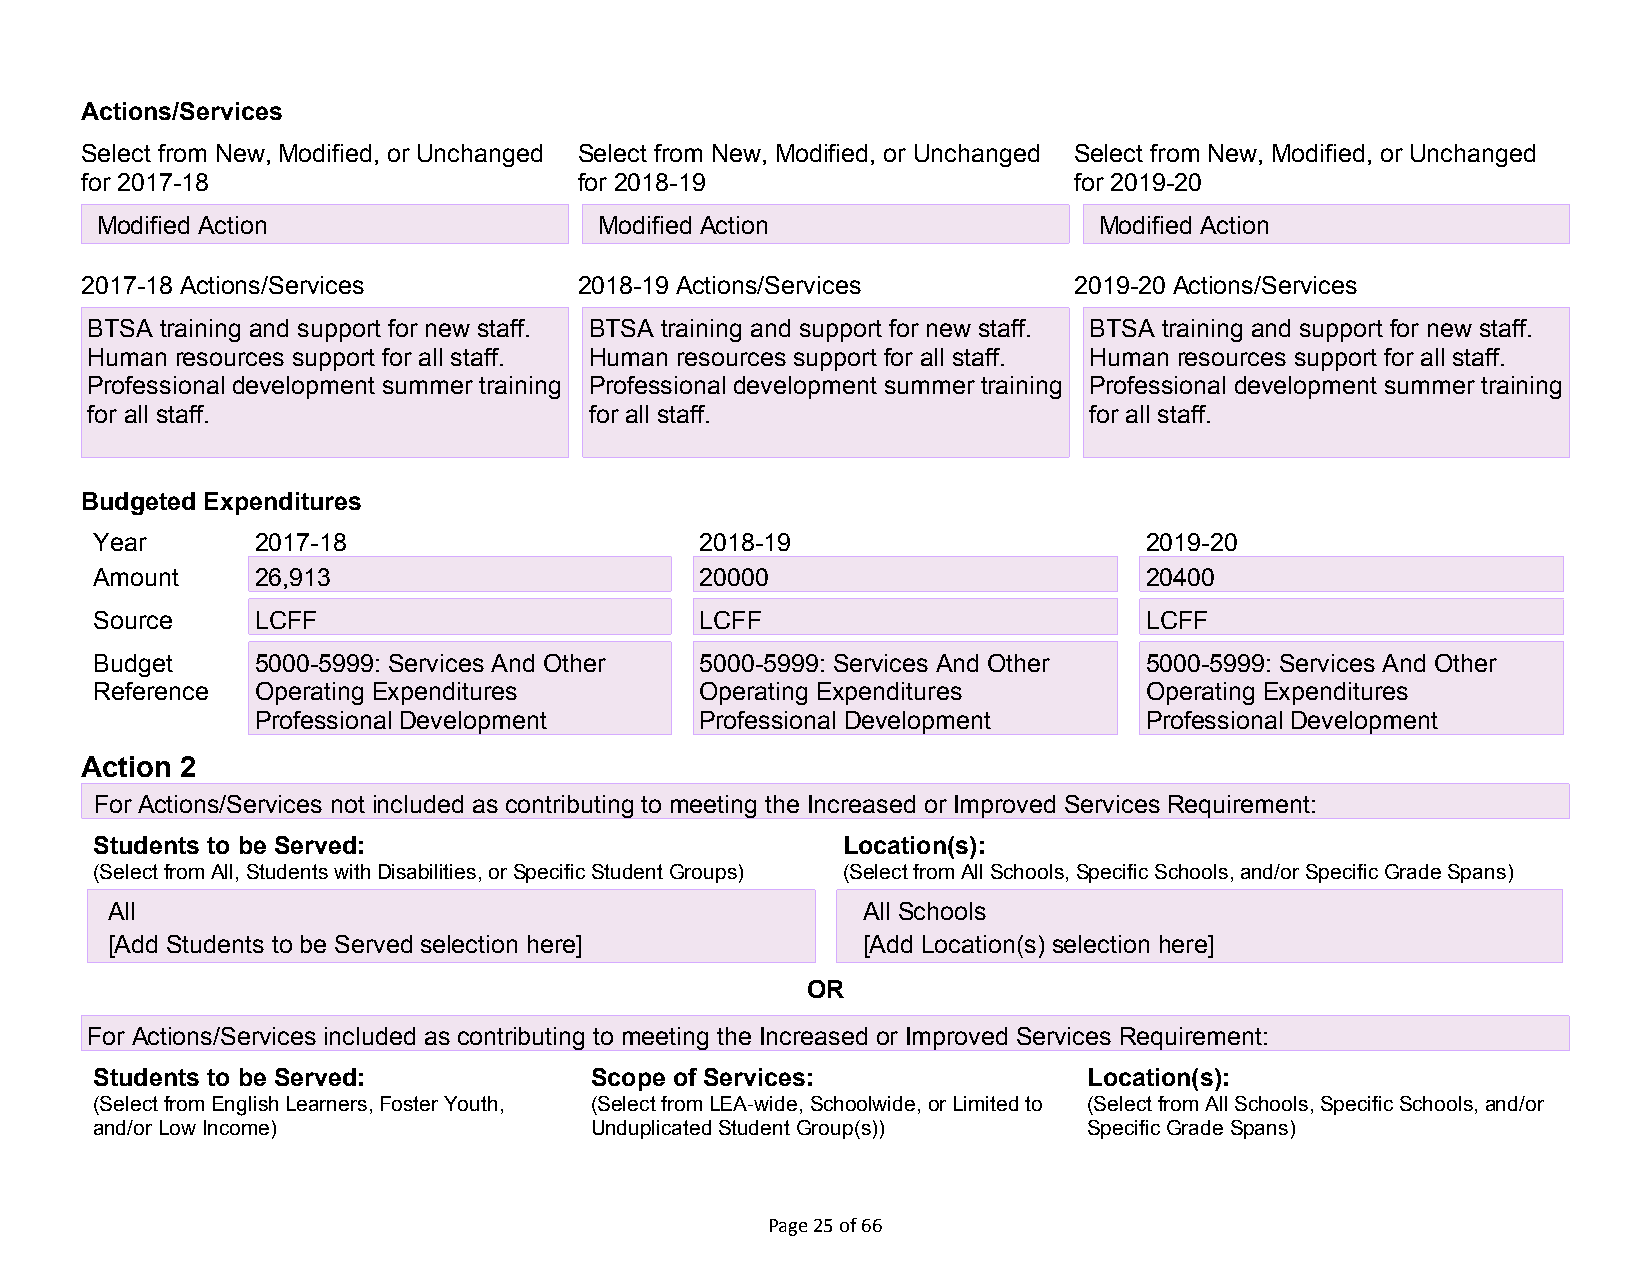
Actions/Services
 Select from New, Modified, or Unchanged Select from New, Modified, or Unchanged Select from New, Modified, or Unchanged
 for 2017-18                      for 2018-19                      for 2019-20
 XM odified Action                XM odified Action                XM odified Action
 2017-18 Actions/Services         2018-19 Actions/Services         2019-20 Actions/Services
 BTSA training and support for new staff. BTSA training and support for new staff. BTSA training and support for new staff.
 Human resources support for all staff. Human resources support for all staff. Human resources support for all staff.
 Professional development summer training Professional development summer training Professional development summer training
 for all staff.                   for all staff.                   for all staff.
 Budgeted Expenditures
 Year       2017-18                      2018-19                       2019-20
 Amount     26,913                       20000                         20400
 26,913                       20000                         20400
 Source     LCFF                         LCFF                          LCFF
 26,913                       20000                         20400
 Budget     5000-5999: Services And Other 5000-5999: Services And Other 5000-5999: Services And Other
 Reference  O perating Expenditures      Operating Expenditures        Operating Expenditures
 Professional Development     Professional Development      Professional Development
 Action 2
 For Actions/Services not included as contributing to meeting the Increased or Improved Services Requirement:
 Students to be Served:                            Location(s):
 (Select from All, Students with Disabilities, or Specific Student Groups) (Select from All Schools, Specific Schools, and/or Specific Grade Spans)
 X All                                             X All Schools
 [Add Students to be Served selection here]        [Add Location(s) selection here]
 OR
 For Actions/Services included as contributing to meeting the Increased or Improved Services Requirement:
 Students to be Served:           Scope of Services:               Location(s):
 (Select from English Learners, Foster Youth, (Select from LEA-wide, Schoolwide, or Limited to (Select from All Schools, Specific Schools, and/or
 and/or Low Income)               Unduplicated Student Group(s))   Specific Grade Spans)
 Page 25 of 66